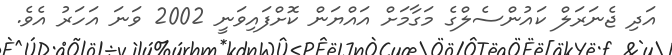
އަދި ޖެނަރަލް ކައުންސެލްގެ މަގާމަށް އައްޔަން ކޮށްފައިވަނީ 2002 ވަނަ އަހަރު އެވެ.